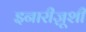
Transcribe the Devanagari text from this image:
इनारीज़ूशी